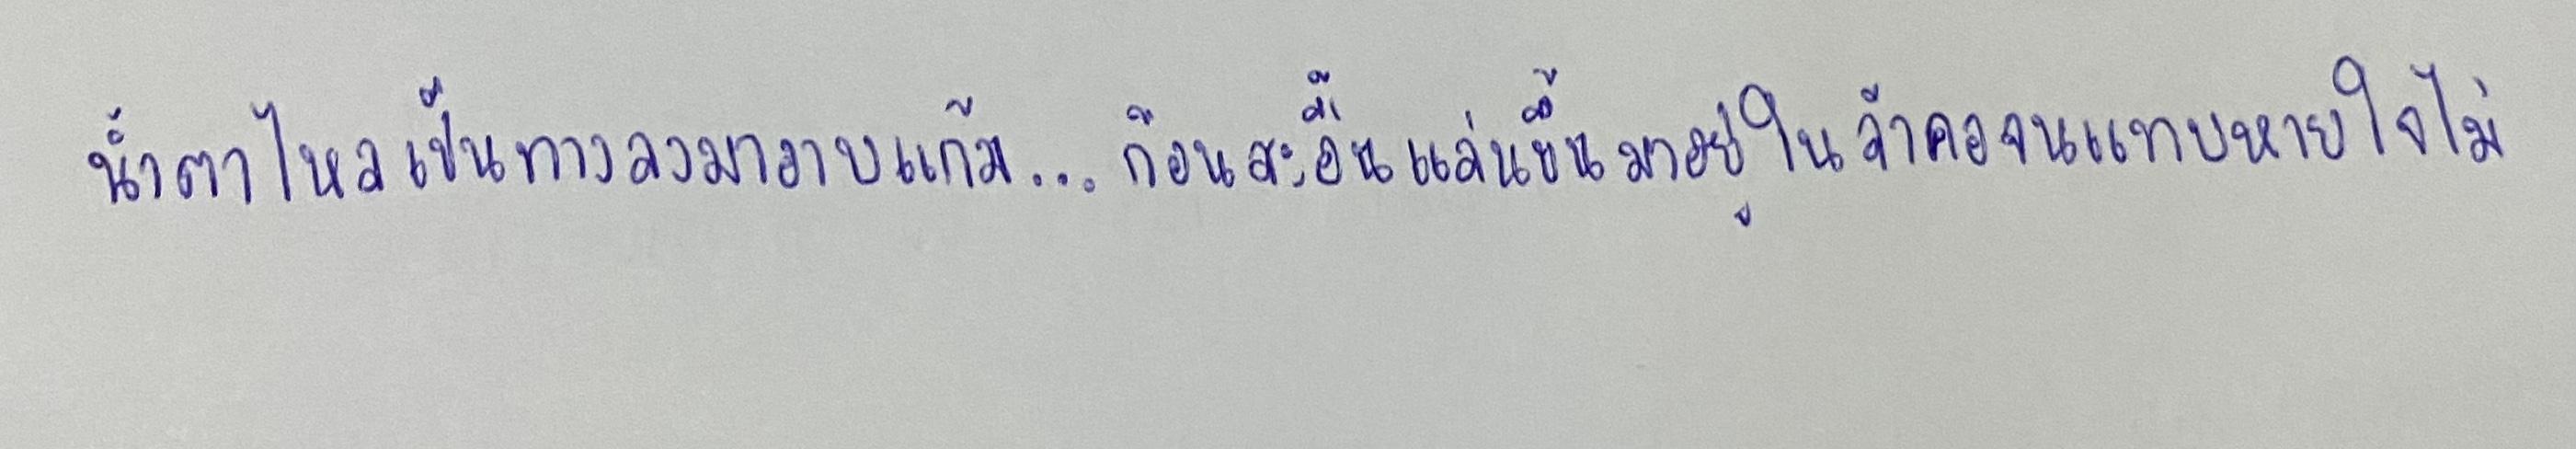
น้ำตาไหลเป็นทางลงมาอาบแก้ม...ก้อนสะอื้นแล่นขึ้นมาอยู่ในลำคอจนแทบหายใจไม่